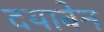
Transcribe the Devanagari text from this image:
दयाबेन